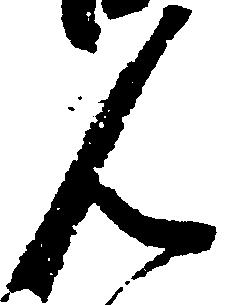
ん